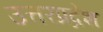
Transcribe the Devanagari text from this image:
उत्तरप्रद्रेश